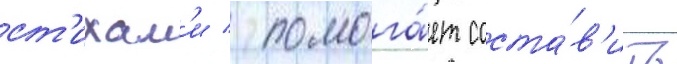
ст'ихам'и / помога́ет соста́в'ить